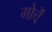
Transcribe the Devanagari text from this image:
मोर्चें